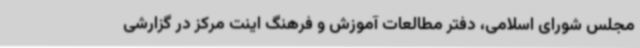
مجلس شورای اسلامی، دفتر مطالعات آموزش و فرهنگ اینت مرکز در گزارشی